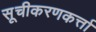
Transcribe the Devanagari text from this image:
सूचीकरणकर्त्ता